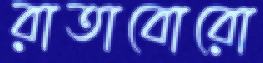
রাতাবোরো